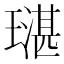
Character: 𤩌